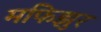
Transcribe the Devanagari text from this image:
मफिझुर